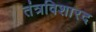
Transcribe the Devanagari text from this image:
तंत्रविशारद